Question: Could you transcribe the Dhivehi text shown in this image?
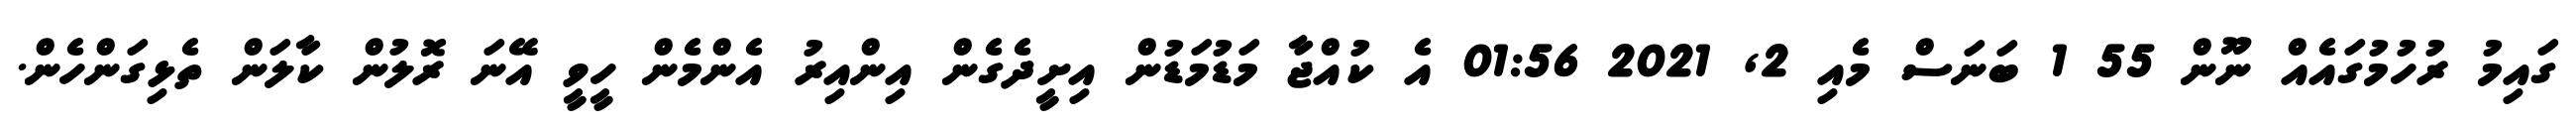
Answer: ގައިމު ރުހުމުގައެއް ނޫން 55 1 ބަނަސް މެއި 2, 2021 01:56 އެ ކުއްޖާ މަޑުމަޑުން އިށީދެގެން އިންއިރު އެންމެން ހީވީ އޭނަ ރޮލުން ކާލަން ތެޅިގަންހެން.